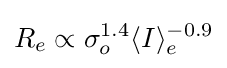
R_{e}\propto \sigma _{o}^{1.4}\langle I\rangle _{e}^{-0.9}